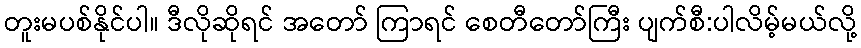
တူးမပစ်နိုင်ပါ။ ဒီလိုဆိုရင် အတော် ကြာရင် စေတီတော်ကြီး ပျက်စီ:ပါလိမ့်မယ်လို့